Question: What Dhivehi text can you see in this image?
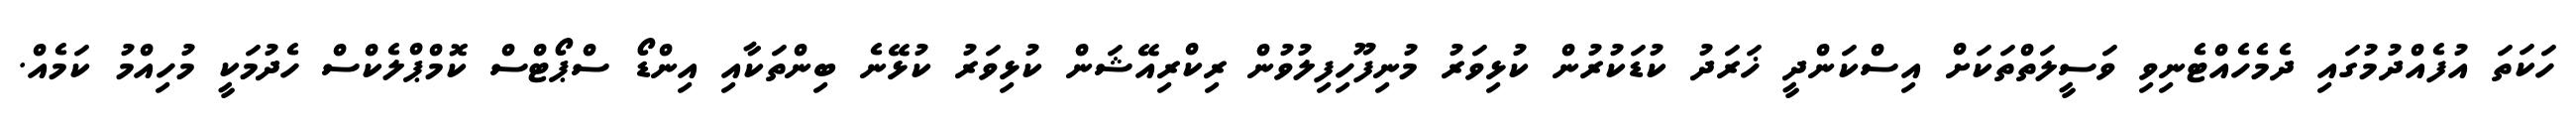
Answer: ހަކަތަ އުފެއްދުމުގައި ދެމެހެއްޓެނިވި ވަސީލަތްތަކަށް އިސްކަންދީ ޚަރަދު ކުޑަކުރުން ކުޅިވަރު މުނިފޫހިފިލުވުން ރިކްރިއޭޝަން ކުޅިވަރު ކުޅޭނެ ބިންތަކާއި އިންޑޯ ސްޕޯޓްސް ކޮމްޕްލެކްސް ހެދުމަކީ މުހިއްމު ކަމެއް.